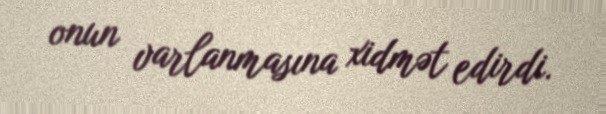
onun varlanmasına xidmət edirdi.